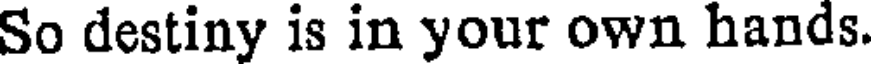
So destiny is in your own hands.